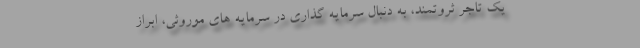
یک تاجر ثروتمند، به دنبال سرمایه گذاری در سرمایه های موروثی، ابراز